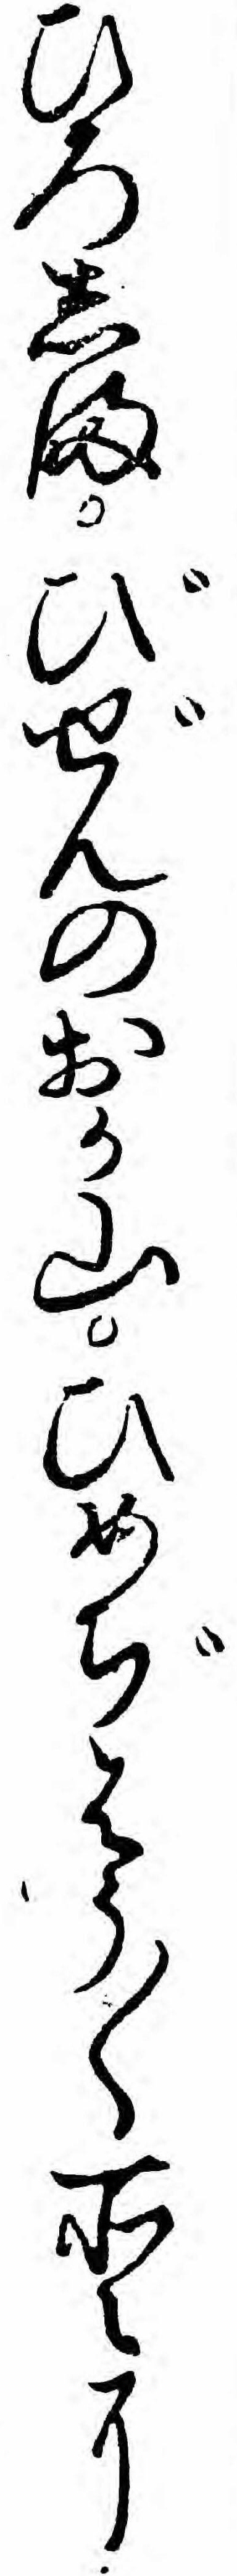
ひろしまびぜんのおか山ひめぢはう〱所〻に